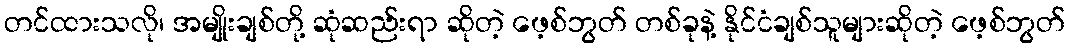
တင်ထားသလို၊ အမျိုးချစ်တို့ ဆုံဆည်းရာ ဆိုတဲ့ ဖေ့စ်ဘွတ် တစ်ခုနဲ့ နိုင်ငံချစ်သူများဆိုတဲ့ ဖေ့စ်ဘွတ်